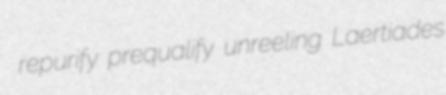
repurify prequalify unreeling Laertiades